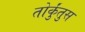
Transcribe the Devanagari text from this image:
तोर्कुंतुस